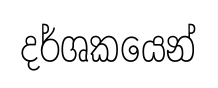
දර්ශකයෙන්